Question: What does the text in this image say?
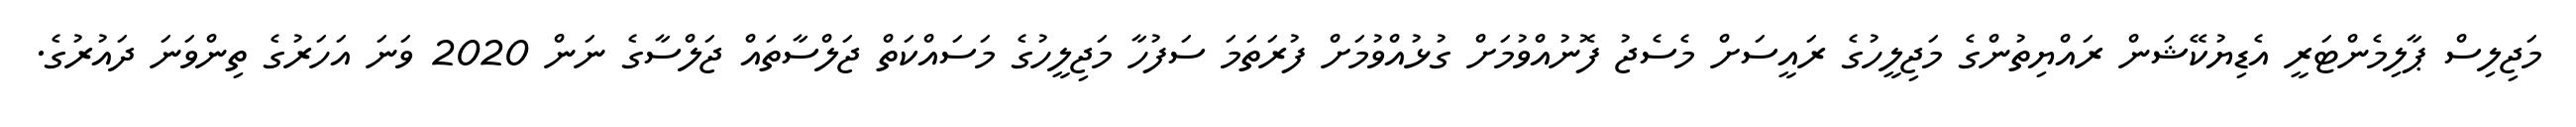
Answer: މަޖިލިސް ޕާލިމެންޓަރީ އެޑިޔުކޭޝަން ރައްޔިތުންގެ މަޖިލީހުގެ ރައީސަށް މެސެޖު ފޮނުއްވުމަށް ގުޅުއްވުމަށް ފުރަތަމަ ސަފުހާ މަޖިލީހުގެ މަސައްކަތް ޖަލްސާތައް ޖަލްސާގެ ނަން 2020 ވަނަ އަހަރުގެ ތިންވަނަ ދައުރުގެ.